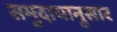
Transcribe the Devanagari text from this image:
समुदायानुसार